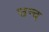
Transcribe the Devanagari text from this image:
उन्द